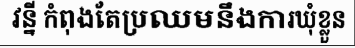
វន្នី កំពុងតែប្រឈមនឹងការឃុំខ្លួន